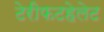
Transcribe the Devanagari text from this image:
टेरीफटहेलेट